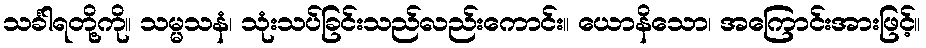
သင်္ခါရတို့ကို။ သမ္မသနံ၊ သုံးသပ်ခြင်းသည်လည်းကောင်း။ ယောနိသော၊ အကြောင်းအားဖြင့်။